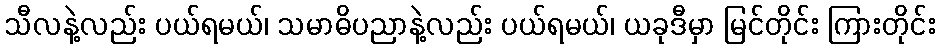
သီလနဲ့လည်း ပယ်ရမယ်၊ သမာဓိပညာနဲ့လည်း ပယ်ရမယ်၊ ယခုဒီမှာ မြင်တိုင်း ကြားတိုင်း